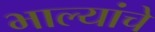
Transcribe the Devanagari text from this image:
भाल्यांचे